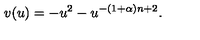
v ( u ) = - u ^ { 2 } - u ^ { - ( 1 + \alpha ) n + 2 } .